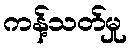
ကန့်သတ်မှု